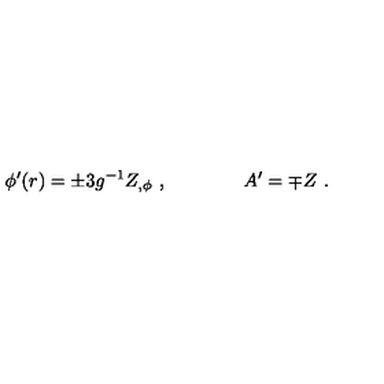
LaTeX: \phi ^ { \prime } ( r ) = \pm 3 g ^ { - 1 } Z _ { , \phi } \ , \qquad \qquad A ^ { \prime } = \mp Z \ .